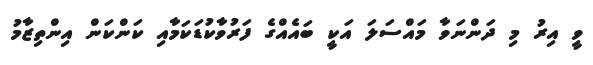
ވީ އިރު މި ދަންނަވާ މައްސަލަ އަކީ ބައެއްގެ ފަރުވާކުޑަކަމާއި ކަންކަން އިންތިޒާމު